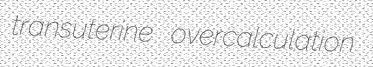
transuterine overcalculation